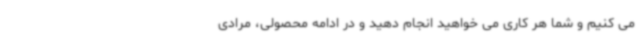
می کنیم و شما هر کاری می خواهید انجام دهید و در ادامه محصولی، مرادی